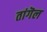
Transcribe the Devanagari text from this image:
तांगॆल